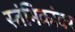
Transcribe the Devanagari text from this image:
स्तंभिकांवर